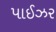
પાઈઝર